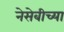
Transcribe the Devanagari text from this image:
नेसेबीच्या